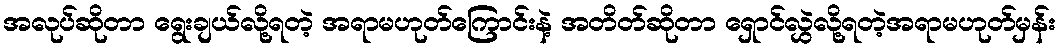
အလုပ်ဆိုတာ ရွေးချယ်လို့ရတဲ့ အရာမဟုတ်ကြောင်းနဲ့ အတိတ်ဆိုတာ ရှောင်လွှဲလို့ရတဲ့အရာမဟုတ်မှန်း